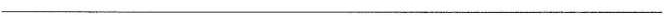
___